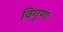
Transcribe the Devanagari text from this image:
विगुणः